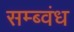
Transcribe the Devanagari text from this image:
सम्ब्वंध